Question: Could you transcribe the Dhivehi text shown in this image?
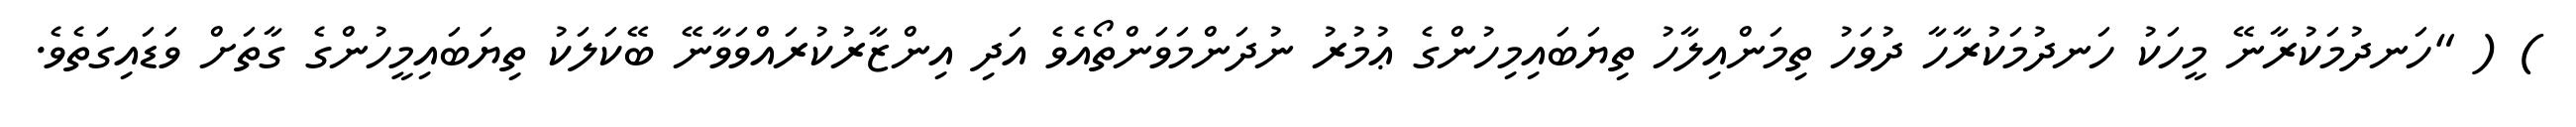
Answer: ) ( "ހަނދުމަކުރާނޭ މީހަކު ހަނދުމަކުރާހާ ދުވަހު ތިމަންއިލާހު ތިޔަބައިމިހުންގެ ޢުމުރު ނުދަންމަވަންތޯއެވެ އަދި އިންޒާރުކުރައްވަވާނޭ ބޭކަލަކު ތިޔަބައިމީހުންގެ ގާތަށް ވަޑައިގަތެވެ.